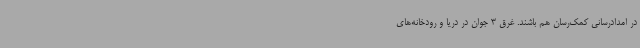
در امدادرسانی کمک‌رسان هم باشند. غرق 3 جوان در دریا و رودخانه‌های